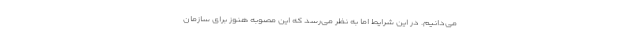
می‌دانیم. در این شرایط اما به نظر می‌رسد که این مصوبه هنوز برای سازمان